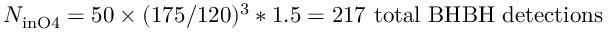
N _ { \mathrm { { i n O 4 } } } = 5 0 \times ( 1 7 5 / 1 2 0 ) ^ { 3 } * 1 . 5 = 2 1 7 \mathrm { { \ t o t a l \ B H B H \ d e t e c t i o n s } }